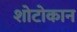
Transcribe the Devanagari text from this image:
शोटोकान